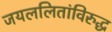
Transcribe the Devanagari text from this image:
जयललितांविरुद्ध